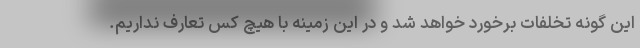
این گونه تخلفات برخورد خواهد شد و در این زمینه با هیچ کس تعارف نداریم.